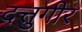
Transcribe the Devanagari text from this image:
दत्तुगीर